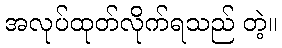
အလုပ်ထုတ်လိုက်ရသည် တဲ့။